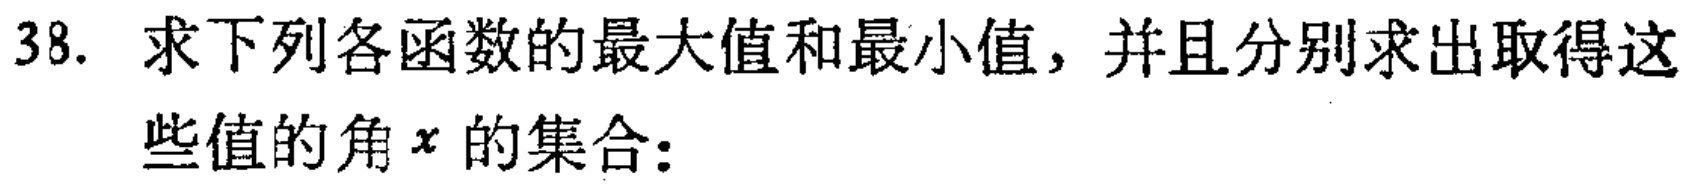
38. 求下列各函数的最大值和最小值，并且分别求出取得这些值的角\(x\)的集合：